Elephants and their diseases
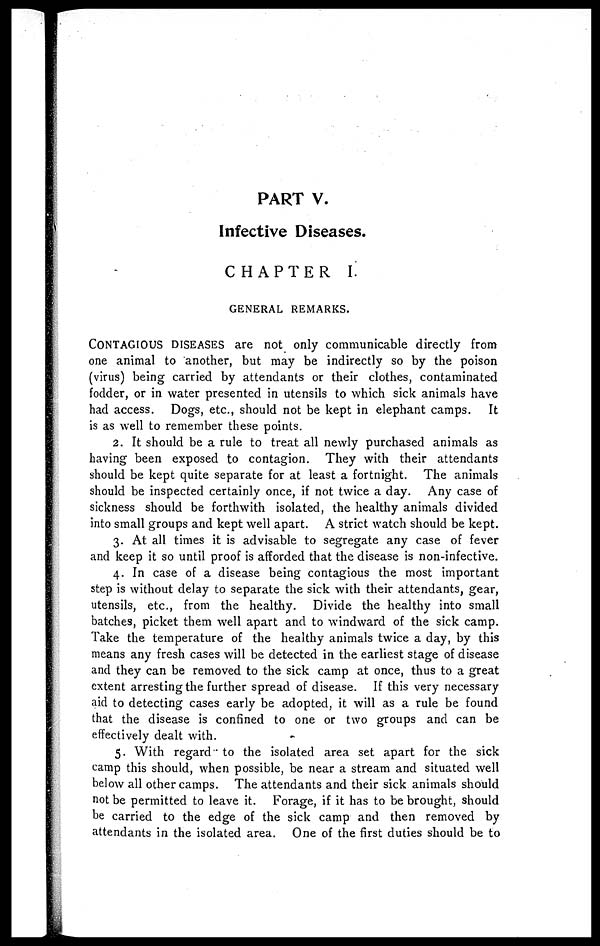
PART V.
Infective Diseases.
CHAPTER I.
GENERAL REMARKS.
CONTAGIOUS DISEASES are not only communicable directly from
one animal to another, but may be indirectly so by the poison
(virus) being carried by attendants or their clothes, contaminated
fodder, or in water presented in utensils to which sick animals have
had access. Dogs, etc., should not be kept in elephant camps. It
is as well to remember these points.
2. It should be a rule to treat all newly purchased animals as
having been exposed to contagion. They with their attendants
should be kept quite separate for at least a fortnight. The animals
should be inspected certainly once, if not twice a day. Any case of
sickness should be forthwith isolated, the healthy animals divided
into small groups and kept well apart. A strict watch should be kept.
3. At all times it is advisable to segregate any case of fever
and keep it so until proof is afforded that the disease is non-infective.
4. In case of a disease being contagious the most important
step is without delay to separate the sick with their attendants, gear,
utensils, etc., from the healthy. Divide the healthy into small
batches, picket them well apart and to windward of the sick camp.
Take the temperature of the healthy animals twice a day, by this
means any fresh cases will be detected in the earliest stage of disease
and they can be removed to the sick camp at once, thus to a great
extent arresting the further spread of disease. If this very necessary
aid to detecting cases early be adopted, it will as a rule be found
that the disease is confined to one or two groups and can be
effectively dealt with.
5. With regard to the isolated area set apart for the sick
camp this should, when possible, be near a stream and situated well
below all other camps. The attendants and their sick animals should
not be permitted to leave it. Forage, if it has to be brought, should
be carried to the edge of the sick camp and then removed by
attendants in the isolated area. One of the first duties should be to